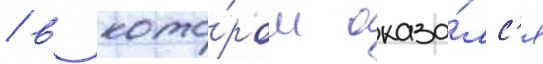
/ в кото́ром оказа́лс'я